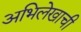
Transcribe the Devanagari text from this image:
अभिलेखाची